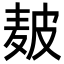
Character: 𤿲